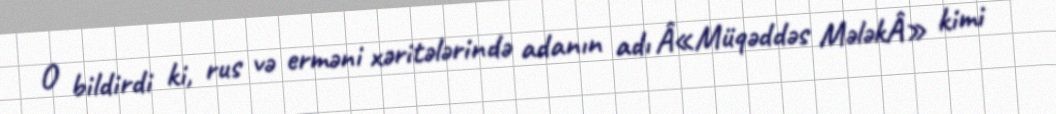
O bildirdi ki, rus və erməni xəritələrində adanın adı Â«Müqəddəs MələkÂ» kimi